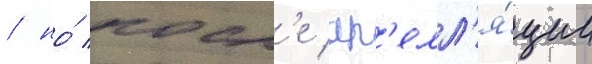
/ но́ посл'е ап'елл'я́ции